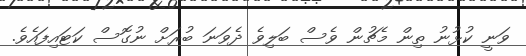
ވަނީ ކުޅުނު ތިން މެޗުން ވެސް ބަލިވެ ދެވަނަ ބުރަށް ނުގޮސް ކަޓައިފައެވެ.